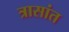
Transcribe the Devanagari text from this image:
त्रासांत